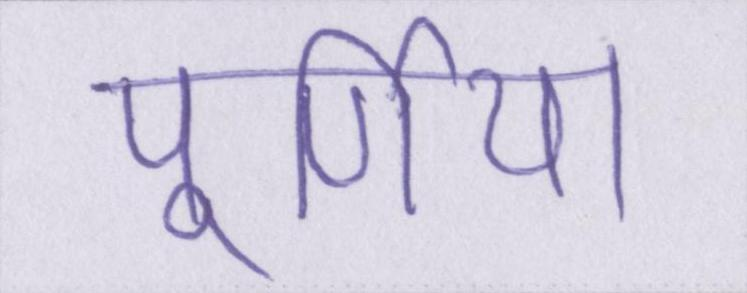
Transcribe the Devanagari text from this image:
पूर्णिया